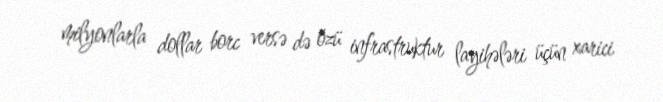
milyonlarla dollar borc versə də özü infrastruktur layihələri üçün xarici